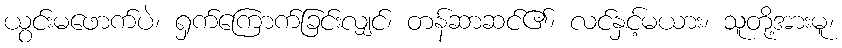
ယွင်းမဖောက်ပဲ၊ ရှက်ကြောက်ခြင်းလျှင်၊ တန်ဆာဆင်၏၊ လင်နှင့်မယား၊ သူတို့အားမူ၊